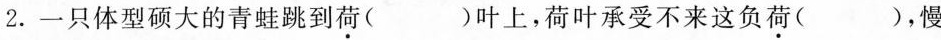
2.一只体型硕大的青蛙跳到\underset{·}{荷}( )叶上，荷叶承受不来这负\underset{·}{荷}( )，慢